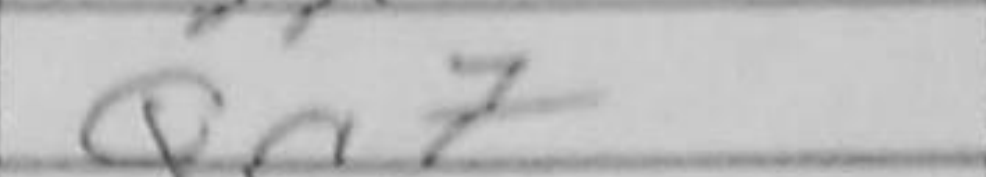
Transcription: Qc7